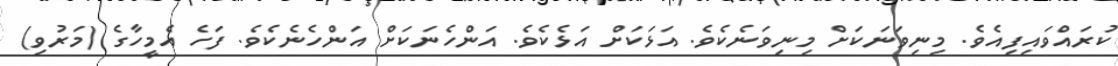
ކުރައްވައިފިއެވެ. މިނިވަނަކަށް މިނިވަނެކެވެ. އަޅަކަށް އަޅެކެވެ. އަންހެނަކަށް އަންހެނެކެވެ. ފަހެ އެމީހާގެ (މަރުވި)